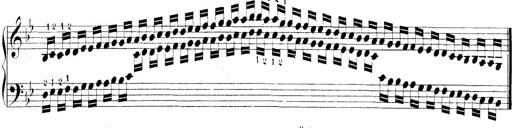
Title: Technische Studien
Composer: Franz Liszt